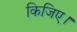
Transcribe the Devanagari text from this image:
किजिए।